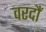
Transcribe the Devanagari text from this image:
वरदौं